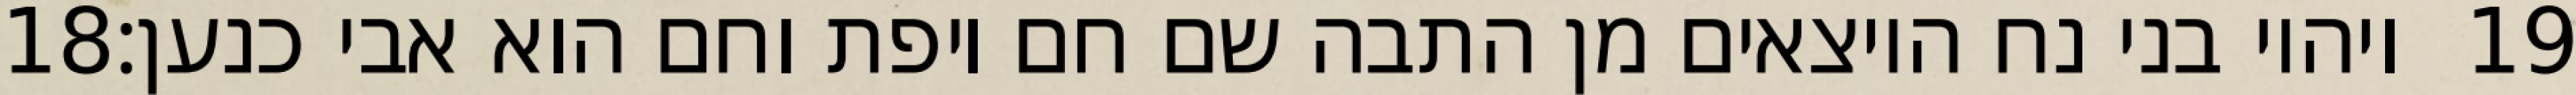
‎18‏ ויהיו בני נח היוצאים מן התבה שם חם ויפת וחם הוא אבי כנען׃ ‎19‏